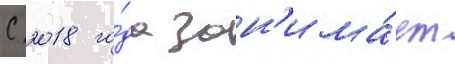
С 2018 го́да зан'има́ет